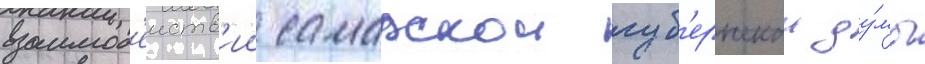
взаимод'еиств'ии самарскои губ'ернскои ду́мы